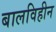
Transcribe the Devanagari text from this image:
बालविहीन